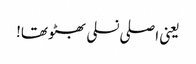
یعنی اصلی نسلی بھٹو تھا!